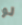
لو